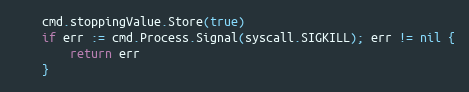
Language: Go
	cmd.stoppingValue.Store(true)
	if err := cmd.Process.Signal(syscall.SIGKILL); err != nil {
		return err
	}